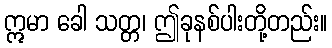
ဣမာ ခေါ သတ္တ၊ ဤခုနစ်ပါးတို့တည်း။